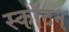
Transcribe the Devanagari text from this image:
स्कॉटन